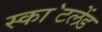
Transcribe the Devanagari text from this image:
स्का॓टलेंड